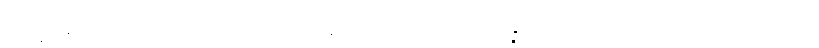
ဘိက္ခုနော၊ ရဟန်းအား။ အာဃာတော၊ ရန်ငြိုးဖွဲ့ခြင်းသည်။ ဥပ္ပန္နော၊ ဖြစ်သည်။ ဟောတိ၊ ဖြစ်၏။ တတ္ထ၊